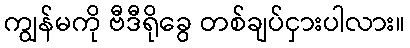
ကျွန်မကို ဗီဒီရိုခွေ တစ်ချပ်ငှားပါလား။